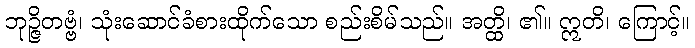
ဘုဉ္ဇိတဗ္ဗံ၊ သုံးဆောင်ခံစားထိုက်သော စည်းစိမ်သည်။ အတ္ထိ၊ ၏။ ဣတိ၊ ကြောင့်။